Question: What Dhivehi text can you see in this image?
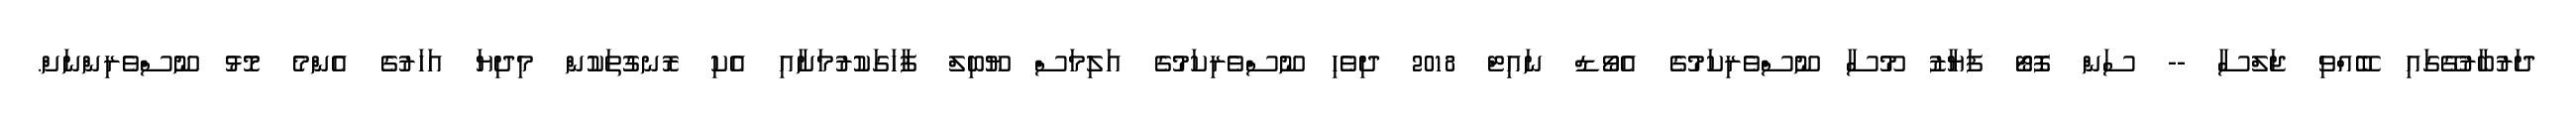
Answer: ދަރުބާރުގޭގައި ބޭއްވި ޖަލްސާ -- ސަން ފޮޓޯ ފަޔާޒު މޫސާ ނޫސްވެރިކަމުގެ އެވޯޑް ނައިޓް 2018 ދިވެހި ނޫސްވެރިކަމުގެ އަލިމަސް ޔޫބިލް ފާހަގަކުރުމަށާއި އެކި ރޮނގުތަކުން މިދިޔަ އަހަރުގެ އެންމެ މޮޅު ނޫސްވެރިންނަށް.